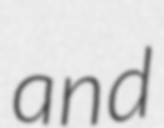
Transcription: and